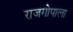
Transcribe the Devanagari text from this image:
राजगोपाला